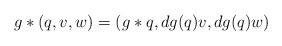
LaTeX: \begin{align*}g * (q,v,w)=(g*q,dg(q)v, dg(q)w)\end{align*}